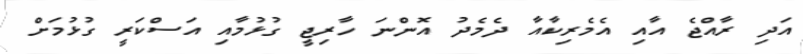
އަދި ރާއްޖެ އާއި އެމެރިކާއާ ދެމެދު އޮންނަ ހާރިޖީ ގުޅުމާއި އަސްކަރީ ގުޅުމަށް